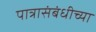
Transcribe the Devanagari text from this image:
पात्रासंबंधीच्या